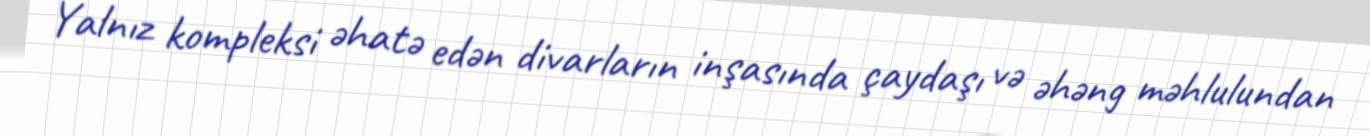
Yalnız kompleksi əhatə edən divarların inşasında çaydaşı və əhəng məhlulundan